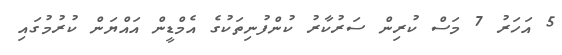
5 އަހަރު 7 މަސް ކުރިން ސަރުކާރު ކުންފުނިތަކުގެ އެމްޑީން އައްޔަން ކުރުމުގައި